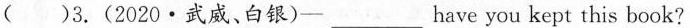
()3.(2020\cdot 武威、白银)-___ have you kept this book?